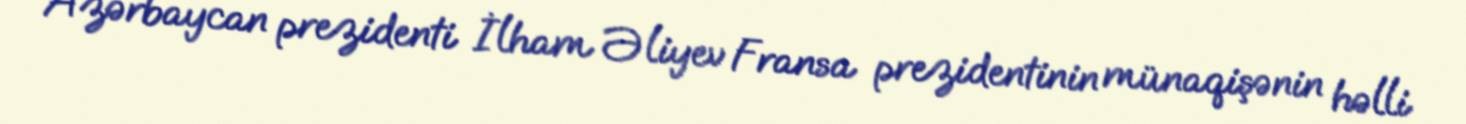
Azərbaycan prezidenti İlham Əliyev Fransa prezidentinin münaqişənin həlli